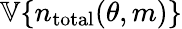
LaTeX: \mathbb{V}\{ n_{\mathrm{total}}(\theta,m)\}